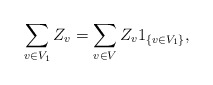
\begin{align*}\sum_{v\in V_1} Z_v = \sum_{v\in V} Z_v 1_{\{v\in V_1\}} ,\end{align*}